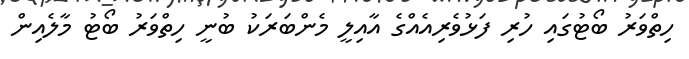
ހިތްވަރު ބޯޓުގައި ހުރި ފަޅުވެރިއެއްގެ އާއިލީ މެންބަރަކު ބުނީ ހިތްވަރު ބޯޓު މާލެއިން